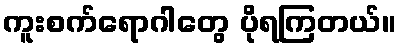
ကူးစက်ရောဂါတွေ ပိုရကြတယ်။